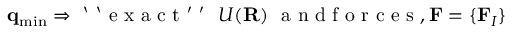
{ \bf q } _ { \mathrm { m i n } } \Rightarrow \mathrm { ~ ` ~ ` ~ e ~ x ~ a ~ c ~ t ~ ' ~ ' ~ } ~ { U } ( { \bf R } ) ~ \mathrm { ~ a ~ n ~ d ~ f ~ o ~ r ~ c ~ e ~ s ~ } , { \bf F } = \{ { \bf F } _ { I } \}